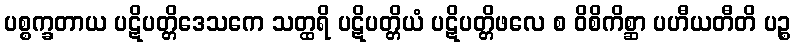
ပစ္စက္ခတာယ ပဋိပတ္တိဒေသကေ သတ္ထရိ ပဋိပတ္တိယံ ပဋိပတ္တိဖလေ စ ဝိစိကိစ္ဆာ ပဟီယတီတိ ပဉ္စ